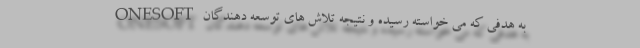
ONESOFT به هدفی که می خواسته رسیده و نتیجه تلاش های توسعه دهندگان